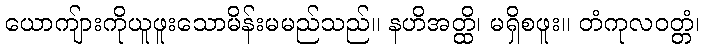
ယောကျ်ားကိုယူဖူးသောမိန်းမမည်သည်။ နဟိအတ္ထိ၊ မရှိစဖူး။ တံကုလဝတ္တံ၊